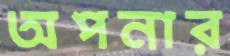
অপনার